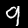
Digit: 9